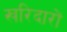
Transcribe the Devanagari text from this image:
खरिदारों